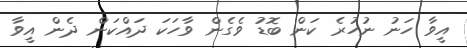
އީވާ ހަނު ނުހުރެ ކަން ބޮޑު ވެގެން ވާހަކަ ދައްކަން ދެން އީވާ